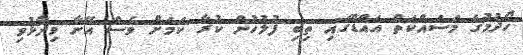
ހޯދުމުގެ މަސައްކަތް އައްޑޫގައި ތިބި ފުލުހުން ކުރާ ކަމަށް ވެސް އޭނާ ވިދާޅުވި